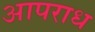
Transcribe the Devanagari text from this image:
आपराध